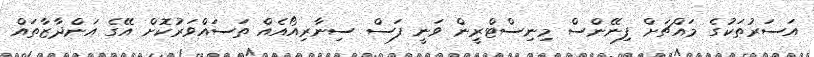
އަސަރުތަކުގެ މައްޗަށް ފިނޭންސް މިނިސްޓްރީން ވަނީ ފަސް ސިނާރިއޯއެއް ތަސައްވަރުކޮށް އޭގެ އަންދާޒާތައް